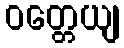
ဝတ္တေယျ